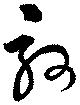
敦